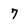
Character: 7